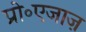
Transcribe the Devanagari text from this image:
प्रो॰एजाज़